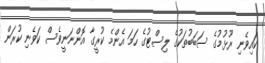
ކައިވެނި ރޫޅުމުގެ ސަބަބުތަކުގެ ލިސްޓުގެ ހަމަ އެންމެ ކުރީގާ އޮންނަނީވެސް ކަވެނި ކުރަން